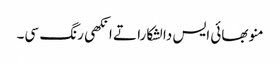
منو بھائی ایس دا لشکارا تے انکھی رنگ سی۔